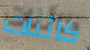
كائنات